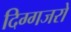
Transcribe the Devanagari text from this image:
दिग्गजरों